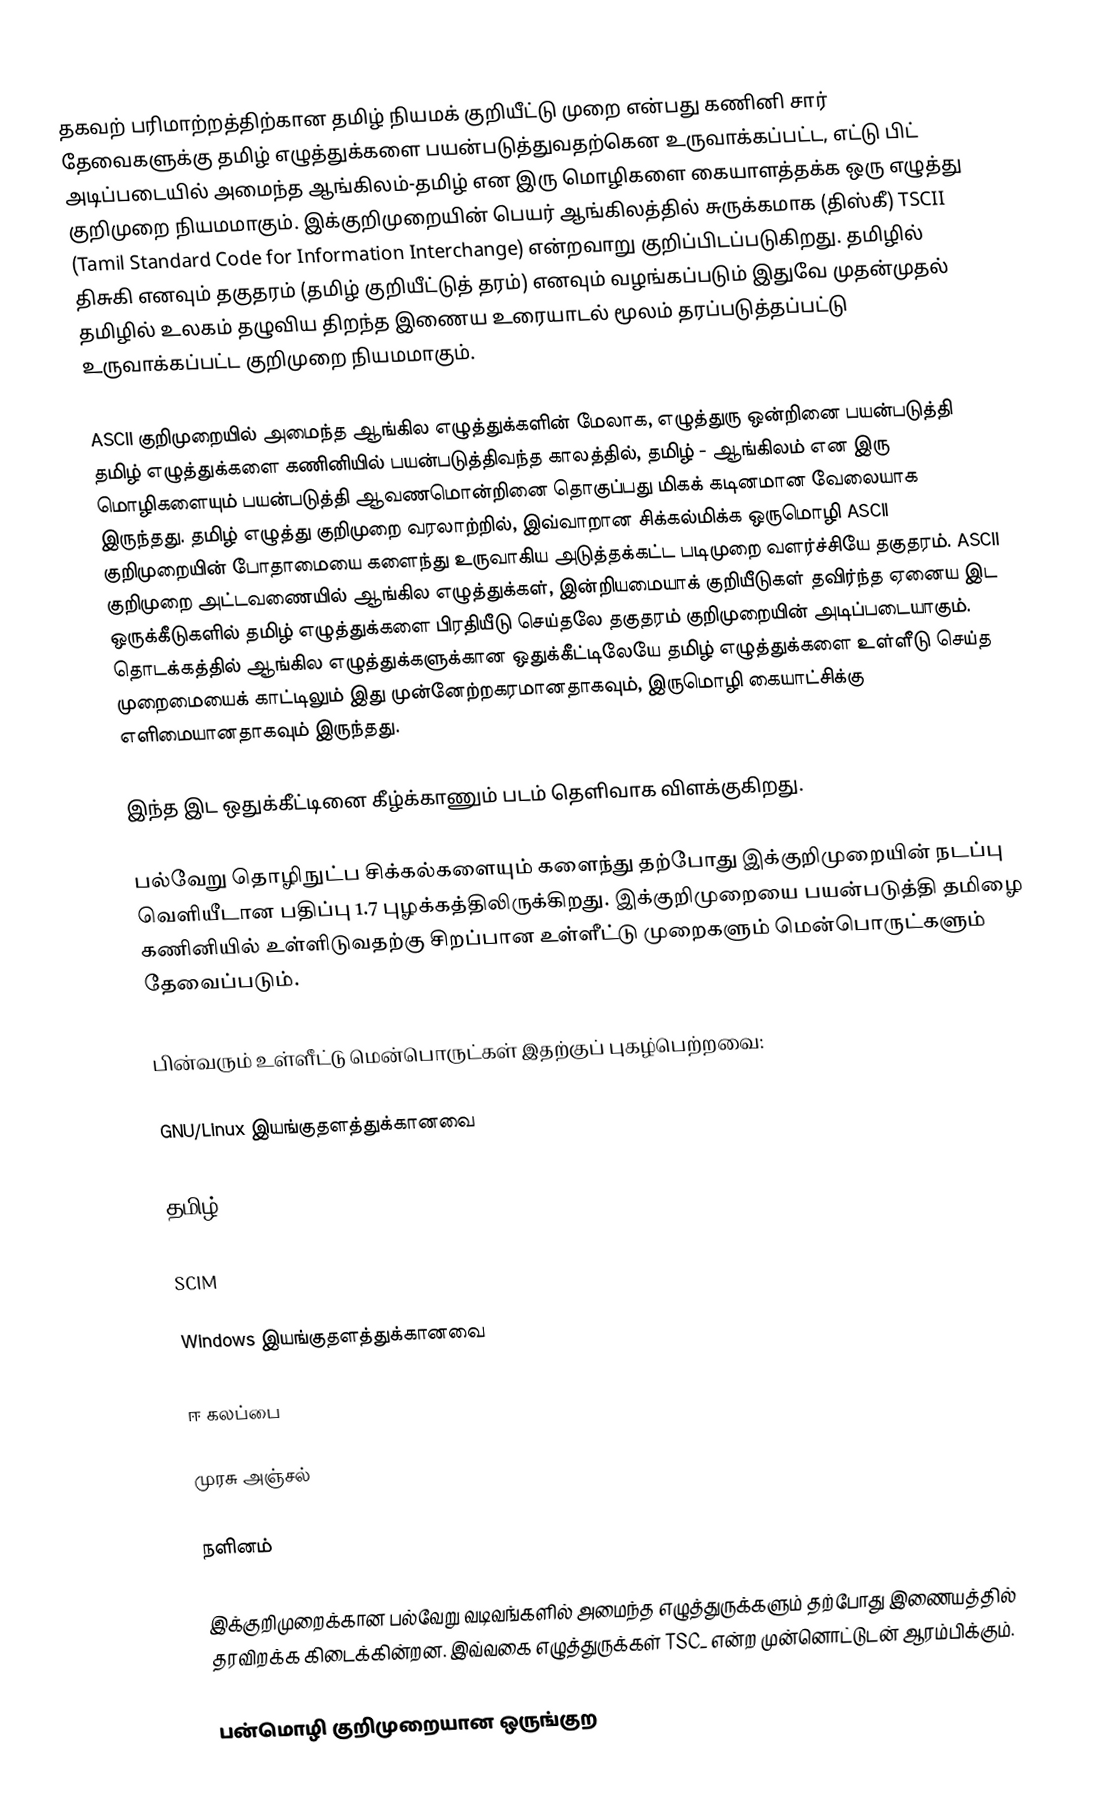
தகவற் பரிமாற்றத்திற்கான தமிழ் நியமக் குறியீட்டு முறை என்பது கணினி சார் தேவைகளுக்கு தமிழ் எழுத்துக்களை பயன்படுத்துவதற்கென உருவாக்கப்பட்ட, எட்டு பிட் அடிப்படையில் அமைந்த ஆங்கிலம்-தமிழ் என இரு மொழிகளை கையாளத்தக்க ஒரு எழுத்து குறிமுறை நியமமாகும். இக்குறிமுறையின் பெயர் ஆங்கிலத்தில் சுருக்கமாக (திஸ்கீ) TSCII (Tamil Standard Code for Information Interchange) என்றவாறு குறிப்பிடப்படுகிறது. தமிழில் திசுகி எனவும் தகுதரம் (தமிழ் குறியீட்டுத் தரம்) எனவும் வழங்கப்படும் இதுவே முதன்முதல் தமிழில் உலகம் தழுவிய திறந்த இணைய உரையாடல் மூலம் தரப்படுத்தப்பட்டு உருவாக்கப்பட்ட குறிமுறை நியமமாகும்.

ASCII குறிமுறையில் அமைந்த ஆங்கில எழுத்துக்களின் மேலாக, எழுத்துரு ஒன்றினை பயன்படுத்தி தமிழ் எழுத்துக்களை கணினியில் பயன்படுத்திவந்த காலத்தில், தமிழ் - ஆங்கிலம் என இரு மொழிகளையும் பயன்படுத்தி ஆவணமொன்றினை தொகுப்பது மிகக் கடினமான வேலையாக இருந்தது. தமிழ் எழுத்து குறிமுறை வரலாற்றில், இவ்வாறான சிக்கல்மிக்க ஒருமொழி  ASCII குறிமுறையின் போதாமையை களைந்து உருவாகிய அடுத்தக்கட்ட படிமுறை வளர்ச்சியே தகுதரம். ASCII குறிமுறை அட்டவணையில் ஆங்கில எழுத்துக்கள், இன்றியமையாக் குறியீடுகள் தவிர்ந்த ஏனைய இட ஒருக்கீடுகளில் தமிழ் எழுத்துக்களை பிரதியீடு செய்தலே தகுதரம் குறிமுறையின் அடிப்படையாகும். தொடக்கத்தில் ஆங்கில எழுத்துக்களுக்கான ஒதுக்கீட்டிலேயே தமிழ் எழுத்துக்களை உள்ளீடு செய்த முறைமையைக் காட்டிலும் இது முன்னேற்றகரமானதாகவும், இருமொழி கையாட்சிக்கு எளிமையானதாகவும் இருந்தது.

இந்த இட ஒதுக்கீட்டினை கீழ்க்காணும் படம் தெளிவாக விளக்குகிறது.

பல்வேறு தொழிநுட்ப சிக்கல்களையும் களைந்து தற்போது இக்குறிமுறையின் நடப்பு வெளியீடான பதிப்பு 1.7 புழக்கத்திலிருக்கிறது. இக்குறிமுறையை பயன்படுத்தி தமிழை கணினியில் உள்ளிடுவதற்கு சிறப்பான உள்ளீட்டு முறைகளும் மென்பொருட்களும் தேவைப்படும்.

பின்வரும் உள்ளீட்டு மென்பொருட்கள் இதற்குப் புகழ்பெற்றவை:

GNU/Linux இயங்குதளத்துக்கானவை

 தமிழ் GTK IM

 SCIM

Windows இயங்குதளத்துக்கானவை

 ஈ கலப்பை

 முரசு அஞ்சல்

 நளினம்

இக்குறிமுறைக்கான பல்வேறு வடிவங்களில் அமைந்த எழுத்துருக்களும் தற்போது இணையத்தில் தரவிறக்க கிடைக்கின்றன. இவ்வகை எழுத்துருக்கள் TSC_ என்ற முன்னொட்டுடன் ஆரம்பிக்கும்.

பன்மொழி குறிமுறையான ஒருங்குற